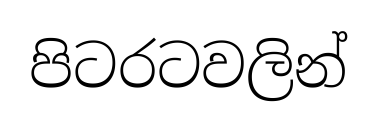
පිටරටවලින්